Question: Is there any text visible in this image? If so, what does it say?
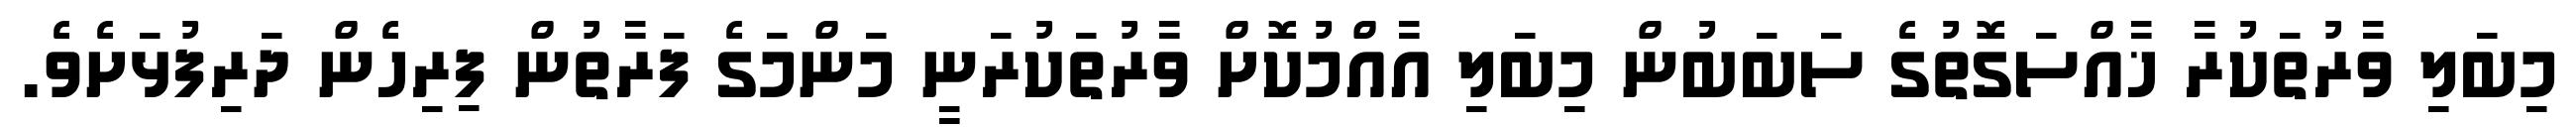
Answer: މިބަލި ވާރުތަކުރާ ޚާއްސަގޮތުގެ ސަބަބުން މިބަލި އާއްމުކޮށް ވާރުތަކުރަނީ މަންމަގެ ފަރާތުން ފިރިހެން ދަރިފުޅަށެވެ.